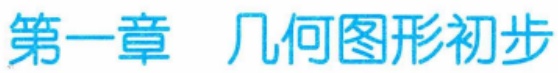
第一章 几何图形初步